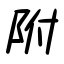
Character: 附